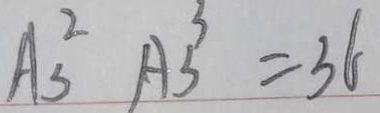
A _ { 3 } ^ { 2 } A _ { 3 } ^ { 3 } = 3 6